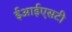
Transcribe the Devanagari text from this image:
ईआईएसटी